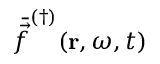
\bar { \vec { f } } ^ { ( \dagger ) } ( \mathbf { r } , \omega , t )